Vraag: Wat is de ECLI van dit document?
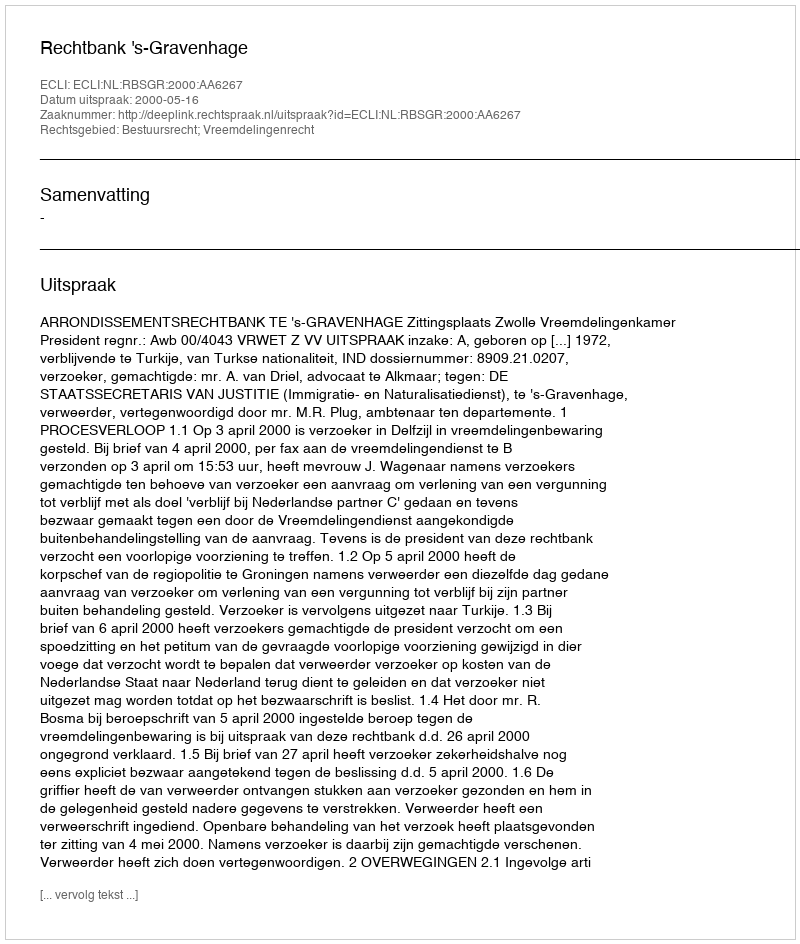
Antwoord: ECLI:NL:RBSGR:2000:AA6267